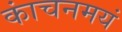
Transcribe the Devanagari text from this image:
कांचनमयं